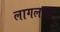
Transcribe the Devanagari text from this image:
लागलाता